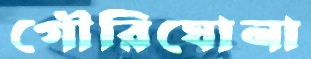
গৌরিঘোনা